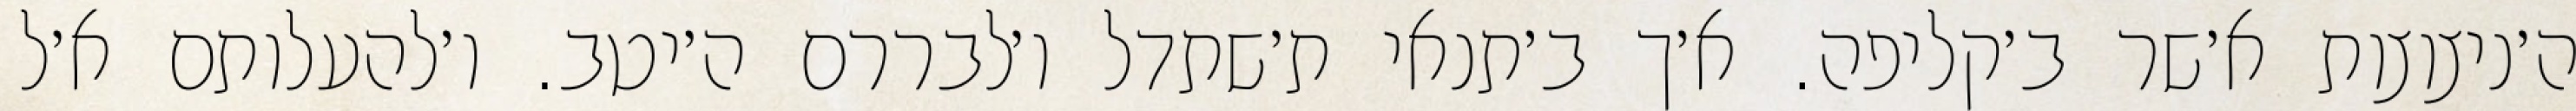
ה׳ניצוצות א׳שר ב׳קליפה. א׳ך ב׳תנאי ת׳שתדל ו׳לבררם ה׳יטב. ו׳להעלותם א׳ל